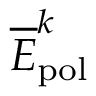
\overline { { E } } _ { \mathrm { { p o l } } } ^ { k }